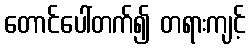
တောင်ပေါ်တက်၍ တရားကျင့်